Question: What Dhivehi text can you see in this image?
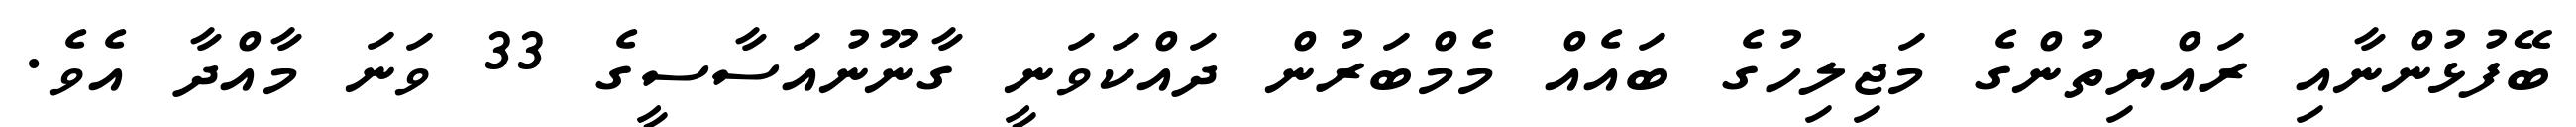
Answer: ބޭފުޅުންނާއި ރައްޔިތުންގެ މަޖިލިހުގެ ބައެއް މެމްބަރުން ދައްކަވަނީ ގާނޫނުއަސާސީގެ 33 ވަނަ މާއްދާ އެވެ.